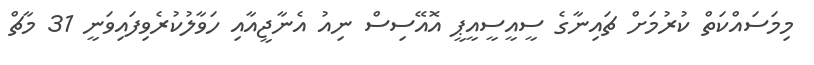
މިމަސައްކަތް ކުރުމަށް ޗައިނާގެ ސީއީސީއީޕީ އޮއޭސިސް ނިއު އެނާޖީއާއި ހަވާލުކުރެވިފައިވަނީ 31 މާޗް